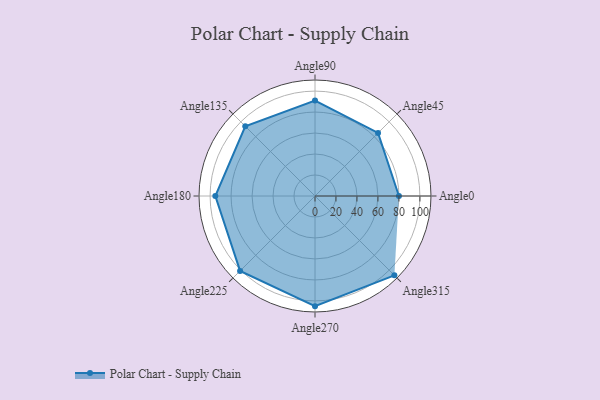
{"axis": {"x": "Angle", "y": "Radius"}, "legend": [""], "data": [{"x": "Angle0", "y": 80.0, "type": ""}, {"x": "Angle45", "y": 85.0, "type": ""}, {"x": "Angle90", "y": 91.0, "type": ""}, {"x": "Angle135", "y": 94.0, "type": ""}, {"x": "Angle180", "y": 95.0, "type": ""}, {"x": "Angle225", "y": 101.0, "type": ""}, {"x": "Angle270", "y": 105.0, "type": ""}, {"x": "Angle315", "y": 107.0, "type": ""}]}